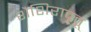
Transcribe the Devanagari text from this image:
शैशिरावृतू